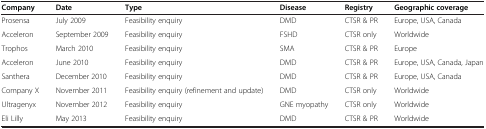
| Company | Date | Type | Disease | Registry | Geographic coverage |
 | --- | --- | --- | --- | --- | --- |
 | Prosensa | July 2009 | Feasibility enquiry | DMD | CTSR & PR | Europe, USA, Canada |
 | Acceleron | September 2009 | Feasibility enquiry | FSHD | CTSR only | Worldwide |
 | Trophos | March 2010 | Feasibility enquiry | SMA | CTSR & PR | Europe |
 | Acceleron | June 2010 | Feasibility enquiry | DMD | CTSR & PR | Europe, USA, Canada, Japan |
 | Santhera | December 2010 | Feasibility enquiry | DMD | CTSR & PR | Europe, USA, Canada |
 | Company X | November 2011 | Feasibility enquiry (refinement and update) | DMD | CTSR only | Worldwide |
 | Ultragenyx | November 2012 | Feasibility enquiry | GNE myopathy | CTSR only | Worldwide |
 | Eli Lilly | May 2013 | Feasibility enquiry | DMD | CTSR & PR | Worldwide |